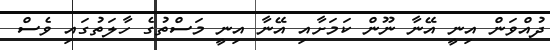
ދުއްވަން އިނީ އޭނާ ނޫން ކަމަށާއި އޭނާ އިނީ މަސްތުގެ ހާލަތުގައި ވެސް